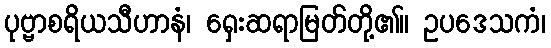
ပုဗ္ဗာစရိယသီဟာနံ၊ ရှေးဆရာမြတ်တို့၏။ ဥပဒေသကံ၊